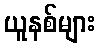
ယူနစ်များ